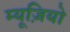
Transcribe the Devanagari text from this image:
म्यूज़ियो